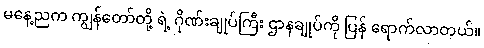
မနေ့ညက ကျွန်တော်တို့ ရဲ့ ဂိုဏ်းချုပ်ကြီး ဌာနချုပ်ကို ပြန် ရောက်လာတယ်။